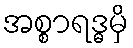
အစ္စာရဒ္ဓမှိ